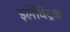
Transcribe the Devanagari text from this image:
इलेक्‍ट्रिक